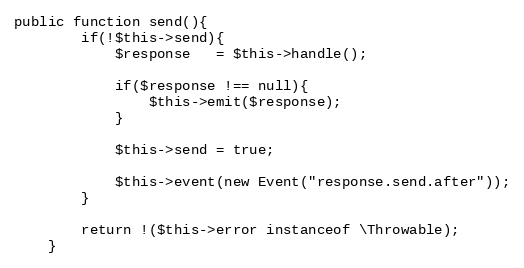
Language: PHP
public function send(){
        if(!$this->send){
            $response   = $this->handle();

            if($response !== null){
                $this->emit($response);
            }

            $this->send = true;

            $this->event(new Event("response.send.after"));
        }

        return !($this->error instanceof \Throwable);
    }